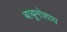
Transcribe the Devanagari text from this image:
बाबूमोशाय